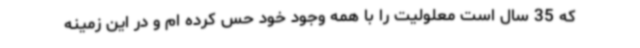
که 35 سال است معلولیت را با همه وجود خود حس کرده ام و در این زمینه